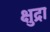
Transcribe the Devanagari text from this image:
क्षुद्रा